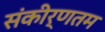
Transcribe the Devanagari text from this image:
संकीर्णतम